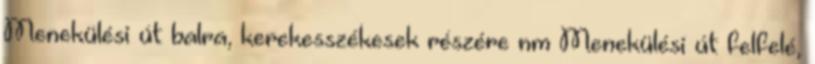
Menekülési út balra, kerekesszékesek részére nm Menekülési út felfelé,